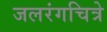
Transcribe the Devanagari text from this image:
जलरंगचित्रे